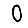
Digit: 0